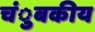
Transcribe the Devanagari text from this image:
चंुबकीय